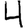
Digit: 4